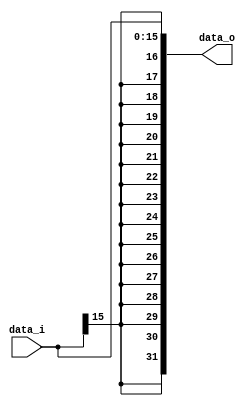
module Sign_Extend (
    data_i,
    data_o
);

  //I/O ports
  input [16-1:0] data_i;

  output [32-1:0] data_o;

  //Internal Signals
  wire [32-1:0] data_o;

  //Main function
  /*your code here*/
  assign data_o = {{16{data_i[16-1]}}, data_i};

endmodule